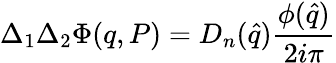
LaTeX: \Delta_{1}\Delta_{2}\Phi(q,P)=D_{n}({\hat{q}})\frac{\phi({\hat{q}})}{2i\pi}